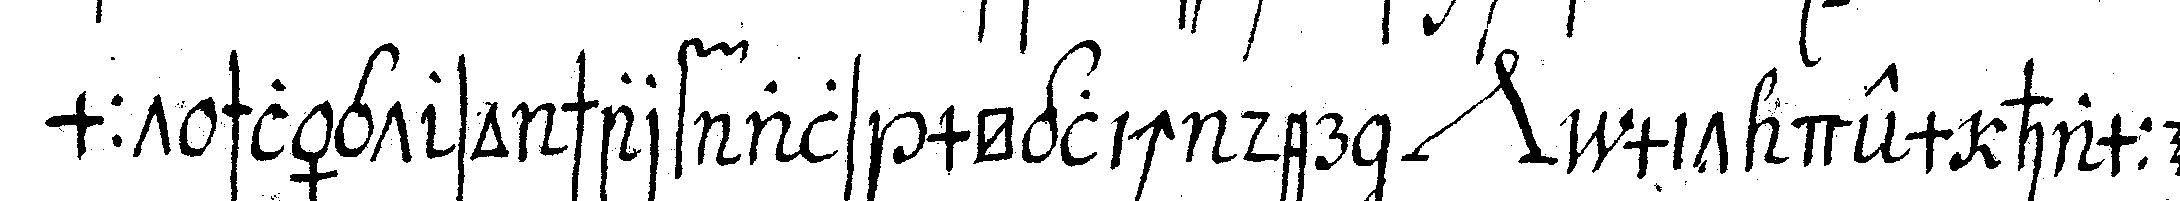
mmt schlägt so scharf als möglich der *nee* mit dem hammer